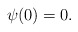
\begin{align*}\psi(0)=0.\end{align*}